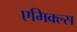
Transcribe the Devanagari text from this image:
एमिक्ल्स